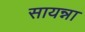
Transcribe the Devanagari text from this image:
सायन्ना